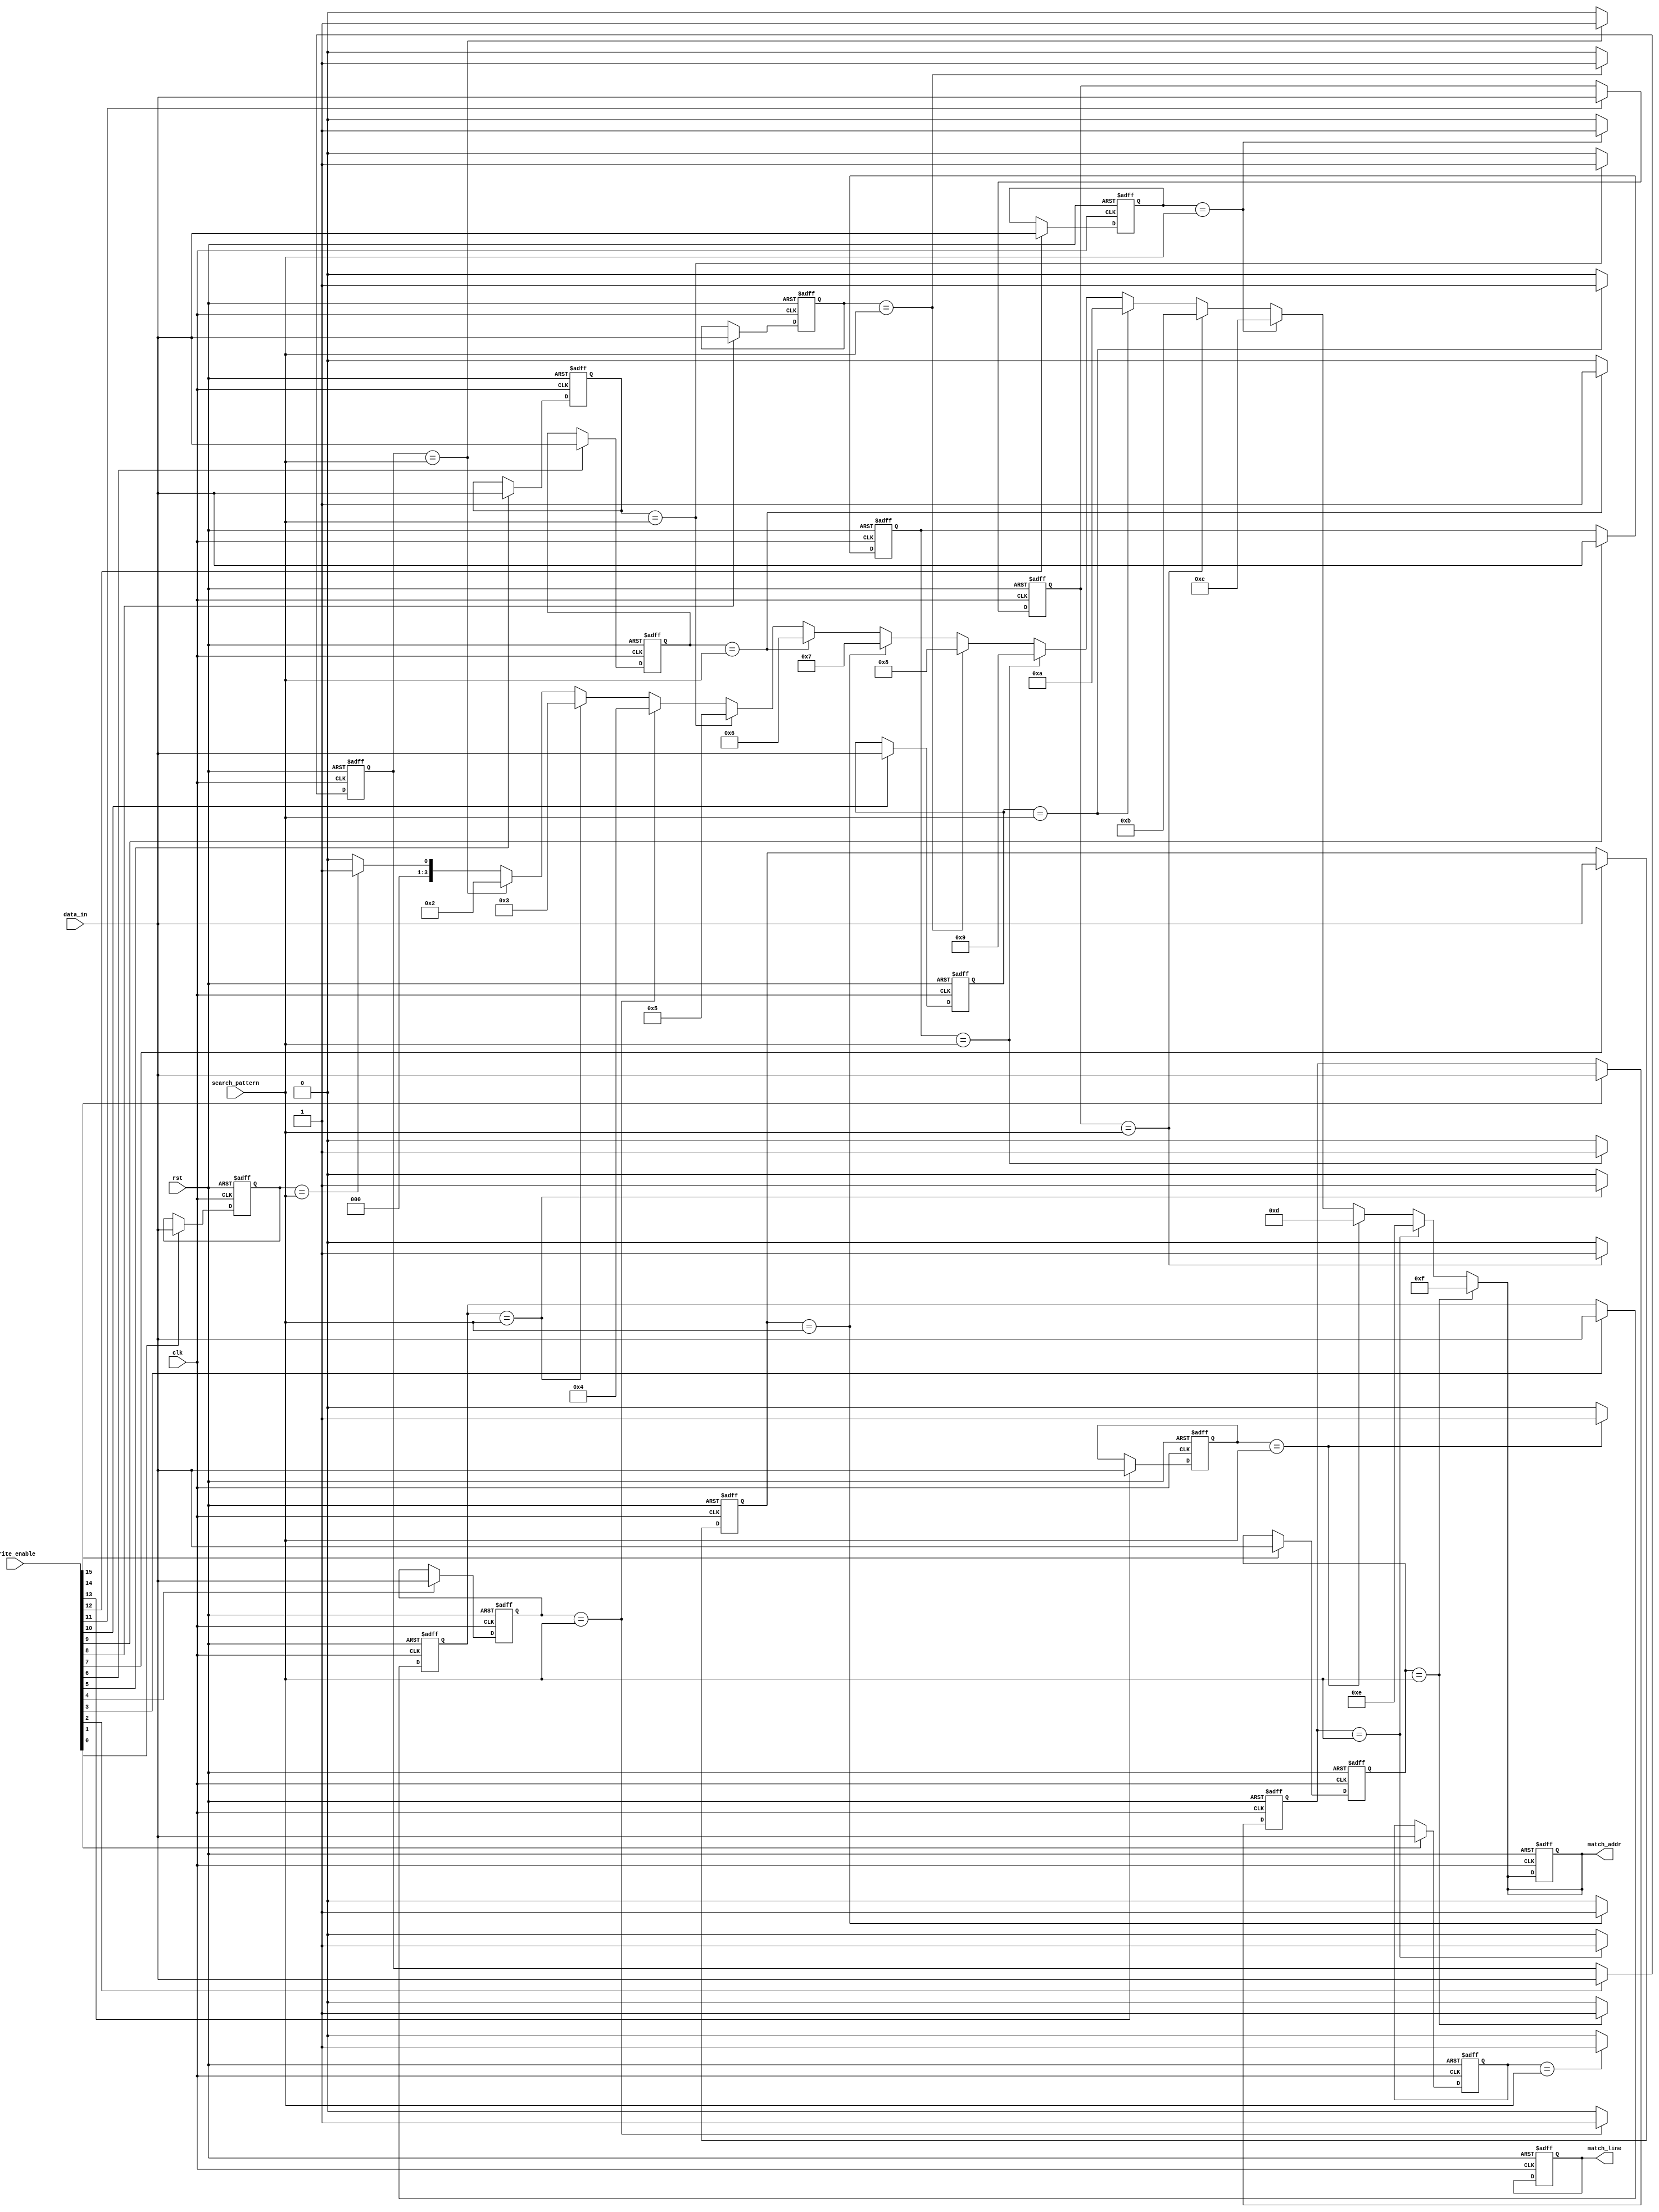
module BCAM #(
    parameter N = 16, // Number of entries
    parameter M = 8    // Width of each entry in bits
)(
    input wire clk,                       // Clock input
    input wire rst,                       // Reset input
    input wire [M-1:0] data_in,          // Data input for write operation
    input wire [N-1:0] write_enable,     // Write enable signals for each entry
    input wire [M-1:0] search_pattern,    // Input search pattern
    output reg [N-1:0] match_line,       // Match line output
    output reg [$clog2(N)-1:0] match_addr // Address of the first match
);

// Memory array to hold the entries
reg [M-1:0] memory [0:N-1];

// Internal signals
integer i;

// Asynchronous reset and write logic
always @(posedge clk or posedge rst) begin
    if (rst) begin
        // Reset memory content
        for (i = 0; i < N; i = i + 1) begin
            memory[i] <= {M{1'b0}};
        end
        match_line <= {N{1'b0}};
        match_addr <= {N{1'b0}};
    end else begin
        // Write operation
        for (i = 0; i < N; i = i + 1) begin
            if (write_enable[i]) begin
                memory[i] <= data_in;
            end
        end
    end
end

// Search operation
always @(*) begin
    match_line = {N{1'b0}}; // Clear match line
    match_addr = {N{1'b0}}; // Clear match address
    
    // Compare each row with the search pattern
    for (i = 0; i < N; i = i + 1) begin
        if (memory[i] == search_pattern) begin
            match_line[i] = 1'b1; // Match found
            match_addr = i[$clog2(N)-1:0]; // Store the address of the first match
        end
    end
end

endmodule